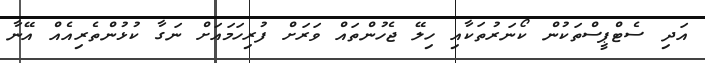
އަދި ސެޓްޕީސްތަކުން ކޯނަރުތަކާއި ހިލޭ ޖެހުންތައް ވަރަށް ފުރިހަމައަށް ނަގާ ކުޅުންތެރިއެއް އޭނާ